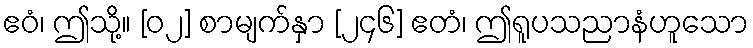
ဧဝံ၊ ဤသို့။ [၀၂] စာမျက်နှာ [၂၄၆] ဧတံ၊ ဤရူပသညာနံဟူသော